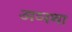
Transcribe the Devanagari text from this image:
अव्स्था